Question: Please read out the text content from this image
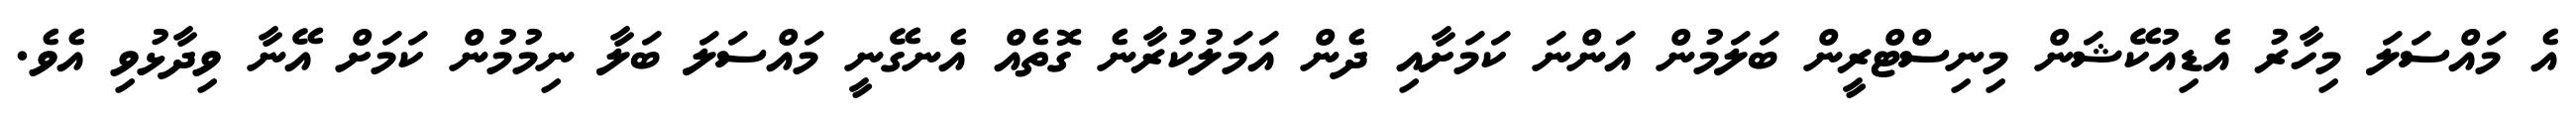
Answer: އެ މައްސަލަ މިހާރު އެޑިއުކޭޝަން މިނިސްޓްރީން ބަލަމުން އަންނަ ކަމަށާއި ދެން އަމަލުކުރާނެ ގޮތެއް އެނގޭނީ މައްސަލަ ބަލާ ނިމުމުން ކަމަށް އޭނާ ވިދާޅުވި އެވެ.